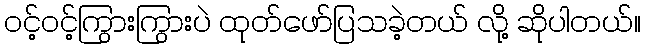
ဝင့်ဝင့်ကြွားကြွားပဲ ထုတ်ဖော်ပြသခဲ့တယ် လို့ ဆိုပါတယ်။